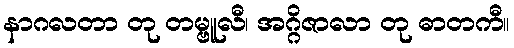
နာဂလတာ တု တမ္ဗူလီ၊ အဂ္ဂိဇာလာ တု ဓာတကီ။